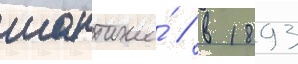
шантаже́ / в 1893